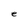
Character: e